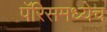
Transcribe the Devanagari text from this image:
पॅरिसमध्येच